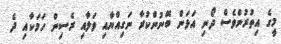
މީގެ އިތުރުންވެސް ދޯނި އަޅަން ބޭނުންކުރާ ނަގިއްޔާއި ވަލާއި ރެސިން ހަމަކާއި ދެ